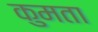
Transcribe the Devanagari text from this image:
कुमता